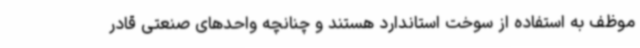
موظف به استفاده از سوخت استاندارد هستند و چنانچه واحدهای صنعتی قادر